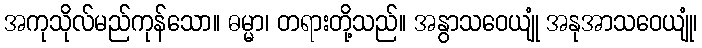
အကုသိုလ်မည်ကုန်သော။ ဓမ္မာ၊ တရားတို့သည်။ အနွာသဝေယျုံ အနုအာသဝေယျုံ၊